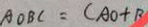
A O B C = ( A O + B